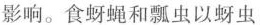
影响。食蚜蝇和瓢虫以蚜虫